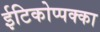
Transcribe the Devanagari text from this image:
ईटिकोप्पक्का